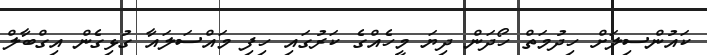
ކައުންސިލަށް ހިދުމަތް ހޯދަން ދިޔަ މީހެއްގެ ކަރުގައި ހިފި މައްސަލައާ ގުޅިގެން އިގްބާލް